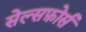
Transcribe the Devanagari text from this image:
सेल्सफ़ोर्स